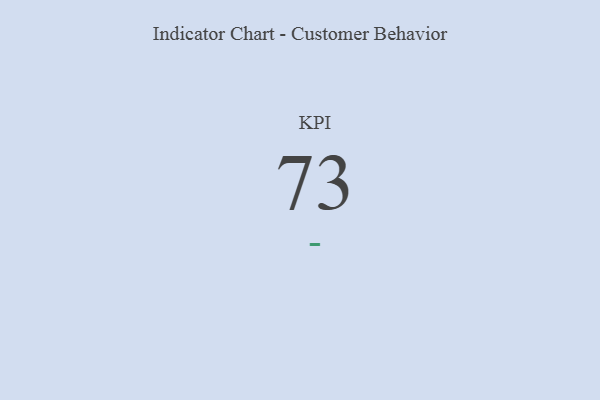
{"axis": {"x": "KPI", "y": "Value"}, "legend": [""], "data": [{"x": "KPI", "y": 73, "type": ""}]}